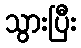
သွားပြီး